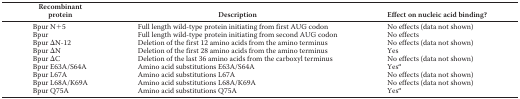
<table><thead><tr><td><b>Recombinant protein</b></td><td><b>Description</b></td><td><b>Effect on nucleic acid binding?</b></td></tr></thead><tbody><tr><td>Bpur N+5</td><td>Full length wild-type protein initiating from first AUG codon</td><td>No effects (data not shown)</td></tr><tr><td>Bpur</td><td>Full length wild-type protein initiating from second AUG codon</td><td>No effects</td></tr><tr><td>Bpur ΔN-12</td><td>Deletion of the first 12 amino acids from the amino terminus</td><td>No effects (data not shown)</td></tr><tr><td>Bpur ΔN</td><td>Deletion of the first 28 amino acids from the amino terminus</td><td>Yes</td></tr><tr><td>Bpur ΔC</td><td>Deletion of the last 36 amino acids from the carboxyl terminus</td><td>No effects (data not shown)</td></tr><tr><td>Bpur E63A/S64A</td><td>Amino acid substitutions E63A/S64A</td><td>Yes<i><sup>a</sup></i></td></tr><tr><td>Bpur L67A</td><td>Amino acid substitutions L67A</td><td>No effects (data not shown)</td></tr><tr><td>Bpur L68A/K69A</td><td>Amino acid substitutions L68A/K69A</td><td>No effects (data not shown)</td></tr><tr><td>Bpur Q75A</td><td>Amino acid substitutions Q75A</td><td>Yes<i><sup>a</sup></i></td></tr></tbody></table>